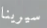
سيرينا